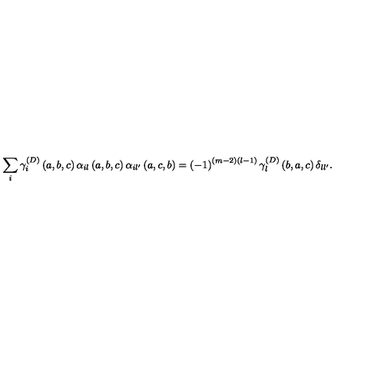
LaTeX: \sum _ { i } \gamma _ { i } ^ { \left( D \right) } \left( a , b , c \right) \alpha _ { i l } \left( a , b , c \right) \alpha _ { i l ^ { \prime } } \left( a , c , b \right) = \left( - 1 \right) ^ { \left( m - 2 \right) \left( l - 1 \right) } \gamma _ { l } ^ { \left( D \right) } \left( b , a , c \right) \delta _ { l l ^ { \prime } } .